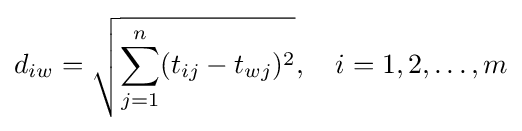
d_{iw}={\sqrt {\sum _{j=1}^{n}(t_{ij}-t_{wj})^{2}}},\quad i=1,2,\ldots ,m